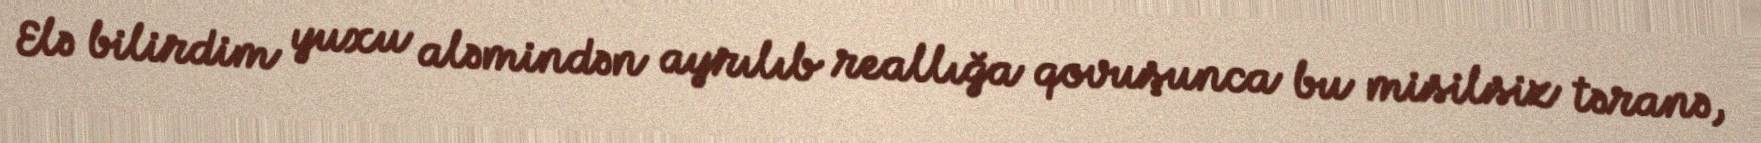
Elə bilirdim yuxu aləmindən ayrılıb reallığa qovuşunca bu misilsiz təranə,